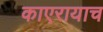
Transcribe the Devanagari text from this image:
काएरायाच